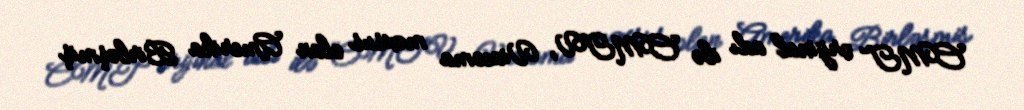
CMT orijinal adı ilə CMTV, Viacoma məxsus olan Amerika Birləşmiş